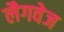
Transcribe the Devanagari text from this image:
लैगवेज